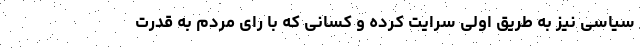
سیاسی نیز به طریق اولی سرایت کرده و کسانی که با رای مردم به قدرت